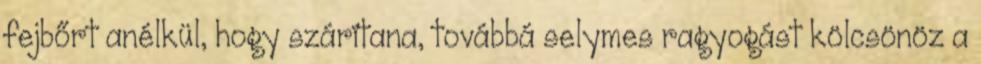
fejbőrt anélkül, hogy szárítana, továbbá selymes ragyogást kölcsönöz a